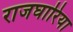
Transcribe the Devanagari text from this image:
राजघारिया